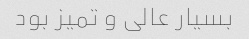
بسیار عالی و تمیز بود